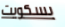
بسكويت